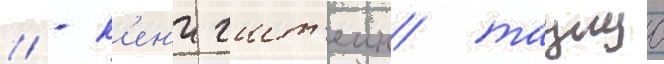
// - к'ен'игшт'еин/ таунус